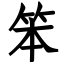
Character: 笨